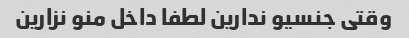
وقتی جنسیو ندارین لطفا داخل منو نزارین